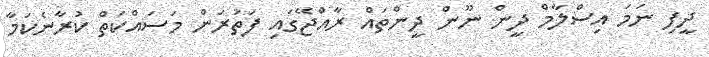
ދީފި ނަމަ އިސްލާމް ދީން ނޫން ދީންތައް ރާއްޖޭގައި ފަތުރަން މަސައްކަތް ކުރާނެކަމާ